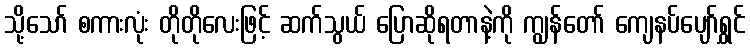
သို့သော် စကားလုံး တိုတိုလေးဖြင့် ဆက်သွယ် ပြောဆိုရတာနဲ့ကို ကျွန်တော် ကျေနပ်ပျော်ရွှင်